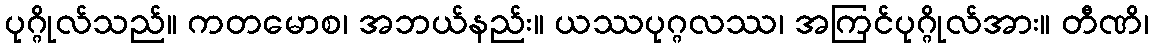
ပုဂ္ဂိုလ်သည်။ ကတမောစ၊ အဘယ်နည်း။ ယဿပုဂ္ဂလဿ၊ အကြင်ပုဂ္ဂိုလ်အား။ တီဏိ၊